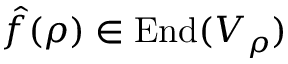
{ \hat { f } } ( \rho ) \in { \mathrm { E n d } } ( V _ { \rho } )